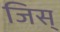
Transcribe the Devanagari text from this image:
जिस्